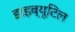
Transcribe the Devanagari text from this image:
डाइब्यूटिल